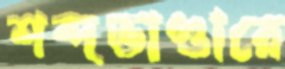
শব্দভাণ্ডারে